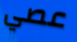
عصي